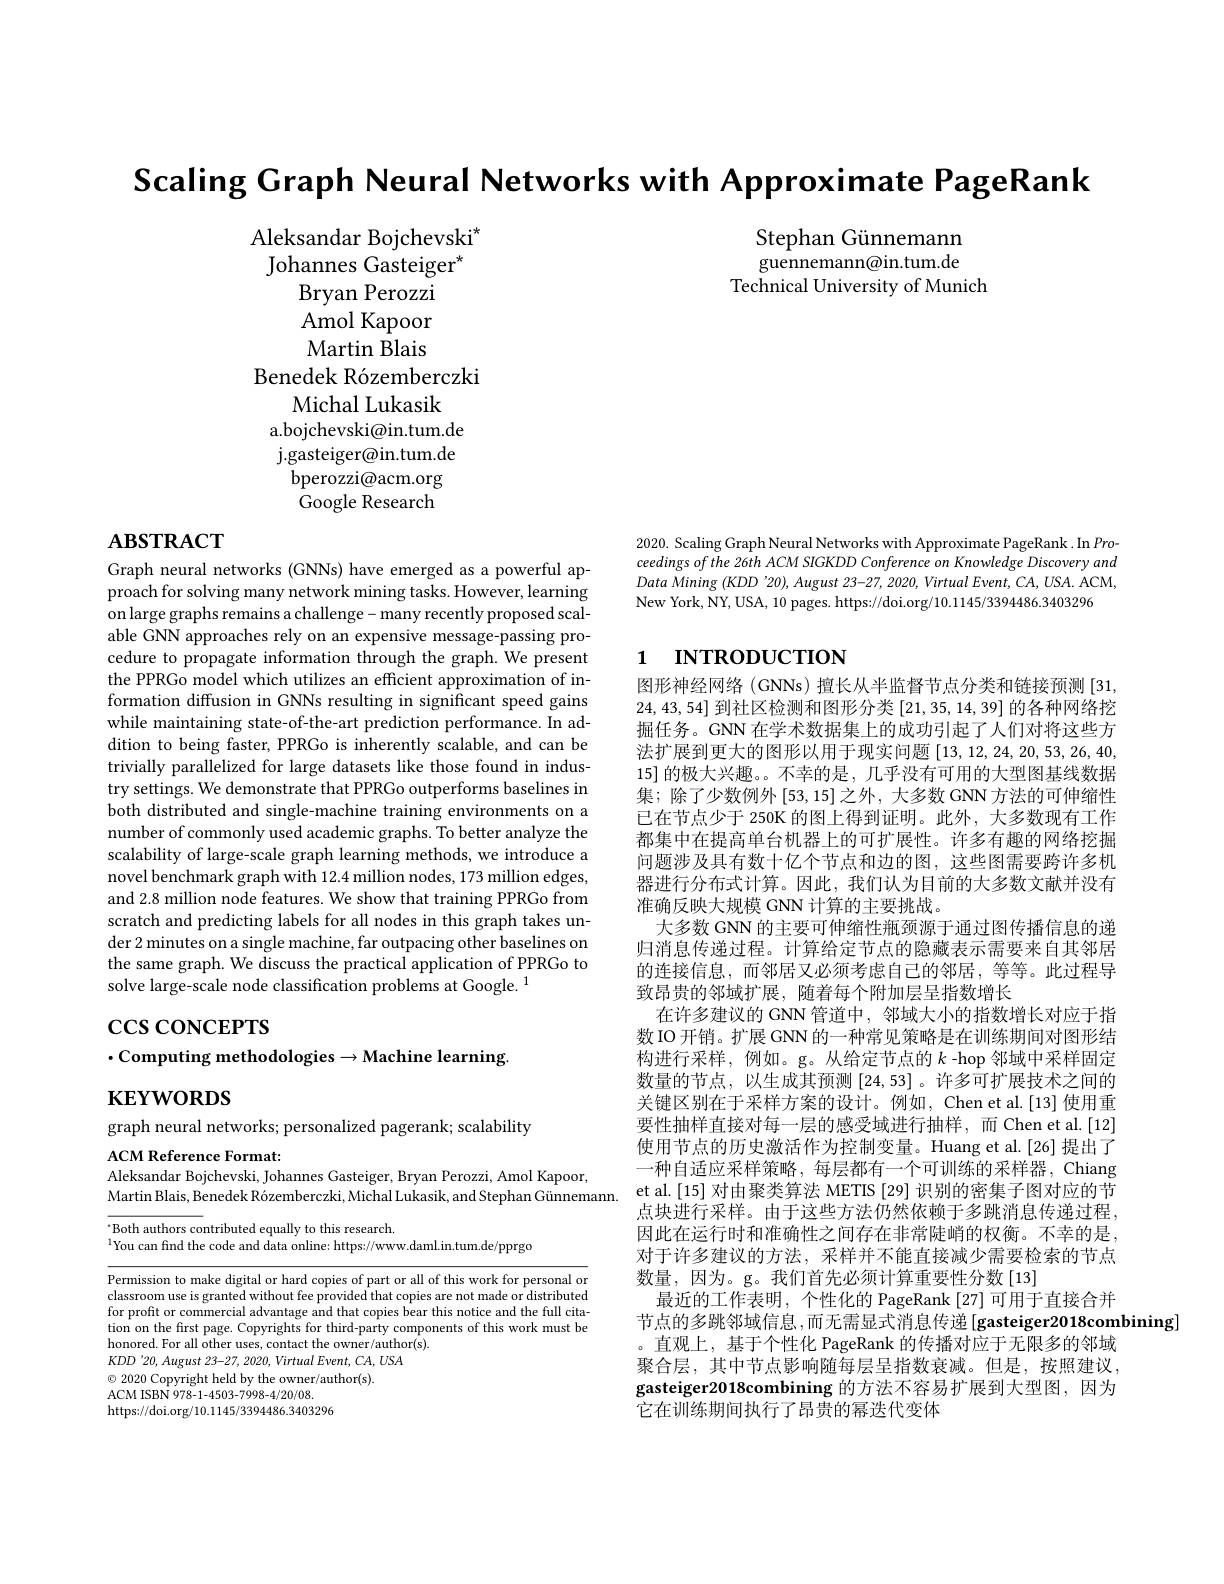
Scaling Graph Neural Networks with Approximate PageRank

Stephan Günnemann guennemann@in.tum.de
Technical University of Munich

# $\mathbf{ABSTRACT}$

2020. Scaling Graph Neural Networks with Approximate PageRank. In $Pro-1$ ceedings of the 26th ACM SIGKDD Conference on Knowledge Discovery and Data Mining $(KDD’20),August$ 23-27, 2020, Virtual Event, CA, USA. ACM, New York, NY, USA, 10 pages. https://doi.org/10.1145/3394486.3403296

## 1 INTRODUCTION

Graph neural networks (GNNs) have emerged as a powerful approach for solving many network mining tasks. However, learning on large graphs remains a challenge- many recently proposed scalable GNN approaches rely on an expensive message-passing procedure to propagate information through the graph. We present the PPRGo model which utilizes an efficient approximation of information diffusion in GNNs resulting in significant speed gains while maintaining state-of-the-art prediction performance. In addition to being faster, PPRGo is inherently scalable, and can be trivially parallelized for large datasets like those found in industry settings. We demonstrate that PPRGo outperforms baselines in both distributed and single-machine training environments on a number of commonly used academic graphs. To better analyze the scalability of large-scale graph learning methods, we introduce a novel benchmark graph with 12.4 million nodes, 173 million edges, and 2.8 million node features. We show that training PPRGo from scratch and predicting labels for all nodes in this graph takes under 2 minutes on a single machine, far outpacing other baselines on the same graph. We discuss the practical application of PPRGo to solve large-scale node classification problems at Google.$^{1}$

# $\csc\csc$coNCEPTS
$\cdot$Computing methodologies$\to$Machine learning.

图形神经网络(GNNs)擅长从半监督节点分类和链接预测[31, 24,43,54]到社区检测和图形分类[21,35,14,39]的各种网络挖掘任务。GNN 在学术数据集上的成功引起了人们对将这些方法扩展到更大的图形以用于现实问题[13,12,24,20,53,26,40, 15] 的极大兴趣。。不幸的是，几乎没有可用的大型图基线数据集；除了少数例外[53,15]之外，大多数GNN方法的可伸缩性已在节点少于 250K 的图上得到证明。此外，大多数现有工作都集中在提高单台机器上的可扩展性。许多有趣的网络挖掘问题涉及具有数十亿个节点和边的图，这些图需要跨许多机器进行分布式计算。因此，我们认为目前的大多数文献并没有准确反映大规模 GNN 计算的主要挑战。
大多数 GNN 的主要可伸缩性瓶颈源于通过图传播信息的递归消息传递过程。计算给定节点的隐藏表示需要来自其邻居的连接信息，而邻居又必须考虑自己的邻居，等等。此过程导致昂贵的邻域扩展，随着每个附加层呈指数增长
在许多建议的 GNN 管道中，邻域大小的指数增长对应于指数 IO 开销。扩展 GNN 的一种常见策略是在训练期间对图形结构进行采样，例如。g。从给定节点的$k$-hop邻域中采样固定数量的节点，以生成其预测[24,53]。许多可扩展技术之间的关键区别在于采样方案的设计。例如，Chen et al.[13] 使用重要性抽样直接对每一层的感受域进行抽样，而 Chen et al.[12] 使用节点的历史激活作为控制变量。Huang et al.[26] 提出了一种自适应采样策略，每层都有一个可训练的采样器，Chiang et al.[15] 对由聚类算法 METIS [29] 识别的密集子图对应的节点块进行采样。由于这些方法仍然依赖于多跳消息传递过程， 因此在运行时和准确性之间存在非常陡峭的权衡。不幸的是， 对于许多建议的方法，采样并不能直接减少需要检索的节点数量，因为。g。我们首先必须计算重要性分数[13]
最近的工作表明，个性化的 PageRank [27]可用于直接合并
节点的多跳邻域信息 ,而无需显式消息传递 [gasteiger2018combining]
。直观上，基于个性化 PageRank 的传播对应于无限多的邻域聚合层，其中节点影响随每层呈指数衰减。但是，按照建议， gasteiger2018combining 的方法不容易扩展到大型图，因为它在训练期间执行了昂贵的幂迭代变体

$\mathbf{KEYWORDS}$

graph neural networks; personalized pagerank; scalability
ACM Reference Format:

Aleksandar Bojchevski, Johannes Gasteiger, Bryan Perozzi, Amol Kapoor,

Martin Blais, Benedek Rózemberczki, Michal Lukasik, and Stephan Günnemann.

$^{\cdot}$Both authors contributed equally to this research
$^{1}$You can find the code and data online: https://www.daml.in.tum.de/pprgo

Permission to make digital or hard copies of part or all of this work for personal or classroom use is granted without fee provided that copies are not made or distributed for profit or commercial advantage and that copies bear this notice and the full citation on the first page. Copyrights for third-party components of this work must be honored. For all other uses, contact the owner/author(s)
$KDD^{\prime }20, August$ 23-27, 2020, Virtual $Event$, $CA$, $USA$
$\textcircled{\circ}$ 2020 Copyright held by the owner/author(s).
ACM ISBN 978-1-4503-7998-4/20/08.
https://doi.org/10.1145/3394486.3403296